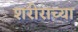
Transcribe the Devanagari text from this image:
शरीराच्या